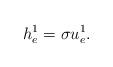
LaTeX: \begin{align*} h_e^1=\sigma u_e^1.\end{align*}